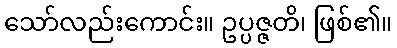
သော်လည်းကောင်း။ ဥပ္ပဇ္ဇတိ၊ ဖြစ်၏။